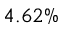
4 . 6 2 \%